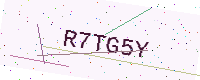
Text: R7TG5Y